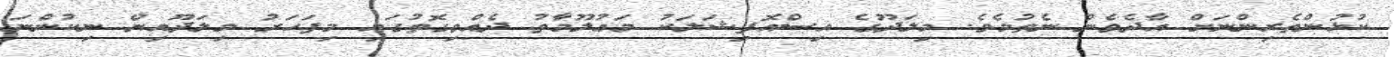
ކުޅުންތެރިންނަށް އާދެވެން ނެތުމެވެ. މިލަދޫގެ އިސްއޮފިޝަލަކު މަޢުލޫމާތު ދެއްވިގޮތުގައި މިފަހަރު މިލަދޫއިން ނިކުންނަ